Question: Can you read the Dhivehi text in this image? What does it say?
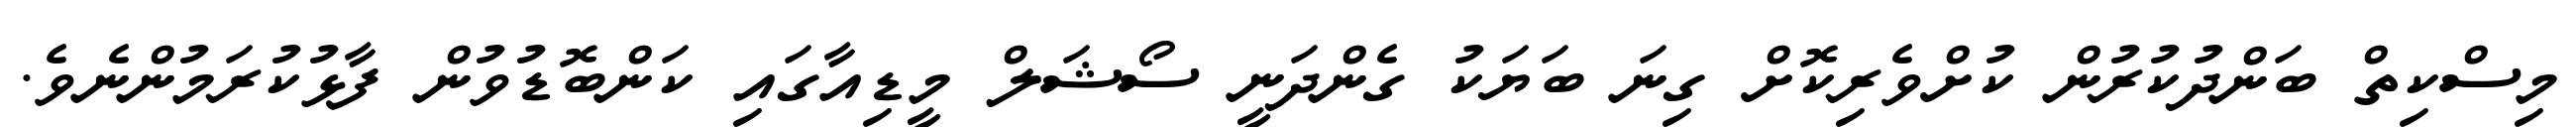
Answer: މިސްކިތް ބަންދުކުރުން ކުށްވެރިކޮށް ގިނަ ބަޔަކު ގެންދަނީ ސޯޝަލް މީޑިއާގައި ކަންބޮޑުވުން ފާޅުކުރަމުންނެވެ.